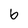
Character: 6